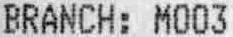
BRANCH: M003